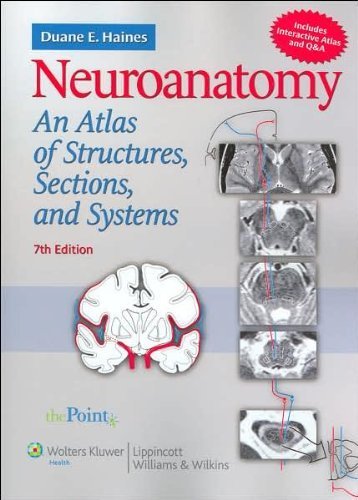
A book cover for D. E. Haines's Neuroanatomy 7th (Seventh) edition(Neuroanatomy: An Atlas of Structures, Sections, and Systems, North American Edition (Point (Lippincott Williams & Wilkins)) [Paperback])(2007); D. E. Haines; Medical Books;